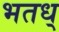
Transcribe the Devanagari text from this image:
भतध्